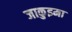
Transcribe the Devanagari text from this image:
जाकुइमा